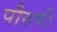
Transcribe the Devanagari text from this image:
पौरुषी